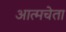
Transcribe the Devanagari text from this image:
आत्मचेता